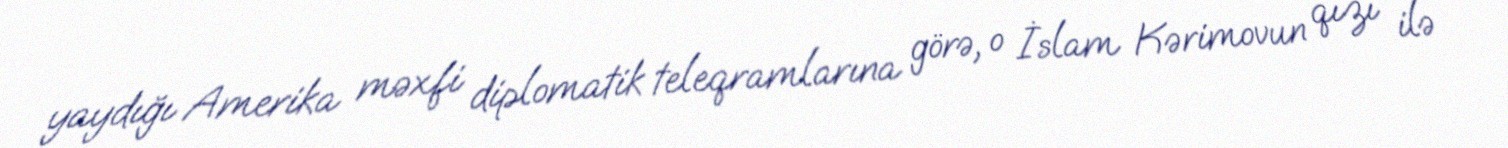
yaydığı Amerika məxfi diplomatik teleqramlarına görə, o İslam Kərimovun qızı ilə